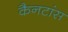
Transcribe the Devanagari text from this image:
कैनटांस